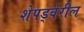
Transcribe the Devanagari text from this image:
शेपर्ड्वरील